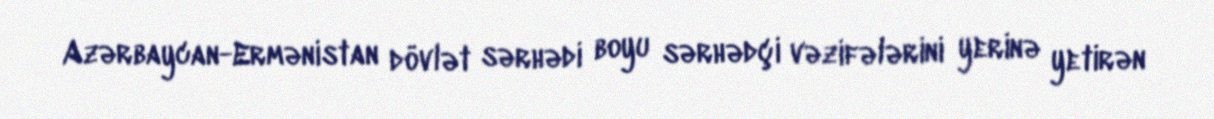
Azərbaycan-Ermənistan dövlət sərhədi boyu sərhədçi vəzifələrini yerinə yetirən